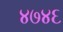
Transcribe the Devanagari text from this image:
४७४६